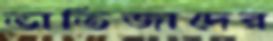
ভাতিজাদের